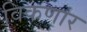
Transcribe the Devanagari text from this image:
विकणार